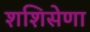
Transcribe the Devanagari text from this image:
शशिसेणा